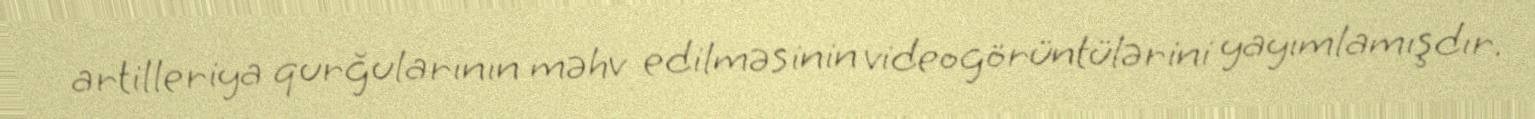
artilleriya qurğularının məhv edilməsinin videogörüntülərini yayımlamışdır.